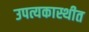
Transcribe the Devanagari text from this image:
उपत्यकास्थीत